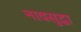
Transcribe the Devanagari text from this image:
नावसुद्धा